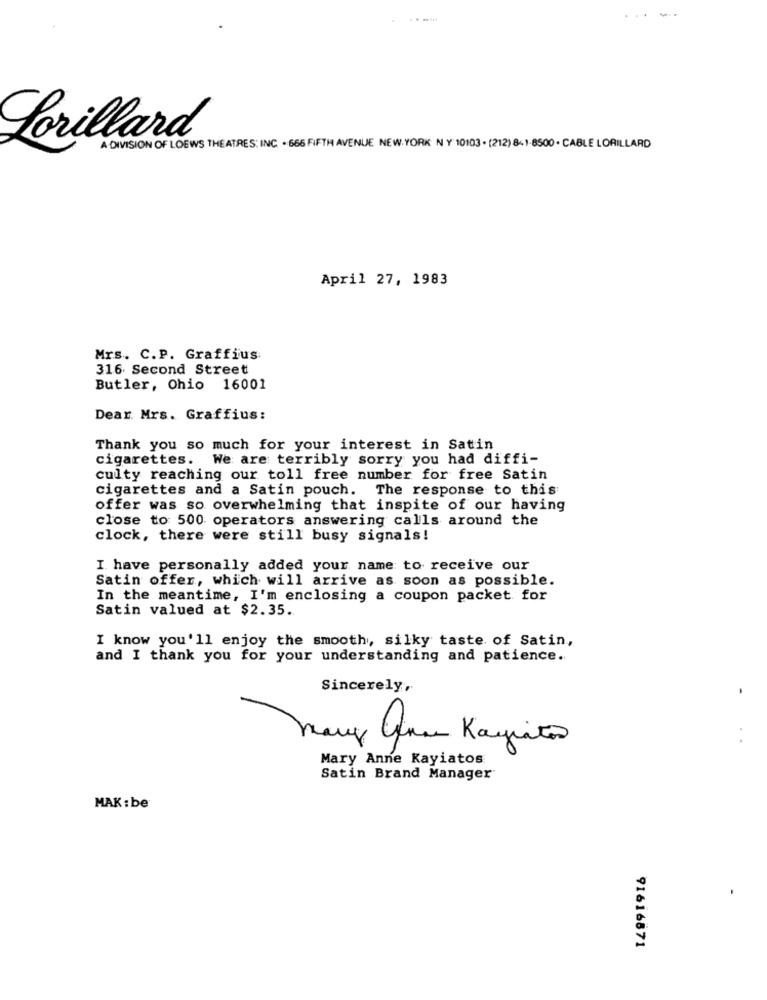
----
Lorillard
A DIVISION OF LOEWS THEATRES: INC . 666 FIFTH AVENUE NEW YORK N Y 10103 . (212) 8+1-8500 . CABLE LORILLARD
April 27, 1983
Mrs. C.P. Graffius
316 Second Street
Butler, Ohio 16001
Dear. Mrs. Graffius:
Thank you so much for your interest in Satin
cigarettes. We are terribly sorry you had diffi-
culty reaching our toll free number for free Satin
cigarettes and a Satin pouch. The response to this
offer was so overwhelming that inspite of our having
close to 500 operators answering calls around the
clock, there were still busy signals!
I have personally added your name to receive our
Satin offer, which will arrive as soon as possible.
In the meantime, I'm enclosing a coupon packet for
Satin valued at $2.35.
I know you'll enjoy the smooth, silky taste of Satin,
and I thank you for your understanding and patience.
Sincerely,
.
Mary Anne Kayiatos
Satin Brand Manager
MAK :be
91616571